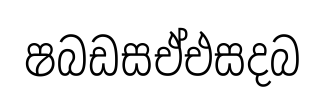
ෂබඩසඒඑසදබ